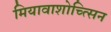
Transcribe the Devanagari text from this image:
मियावाशोच्त्सिन